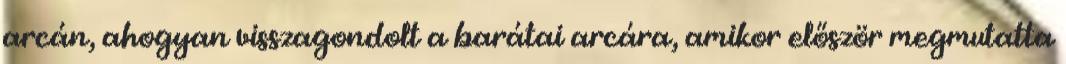
arcán, ahogyan visszagondolt a barátai arcára, amikor először megmutatta